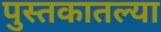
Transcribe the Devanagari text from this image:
पुस्‍तकातल्या